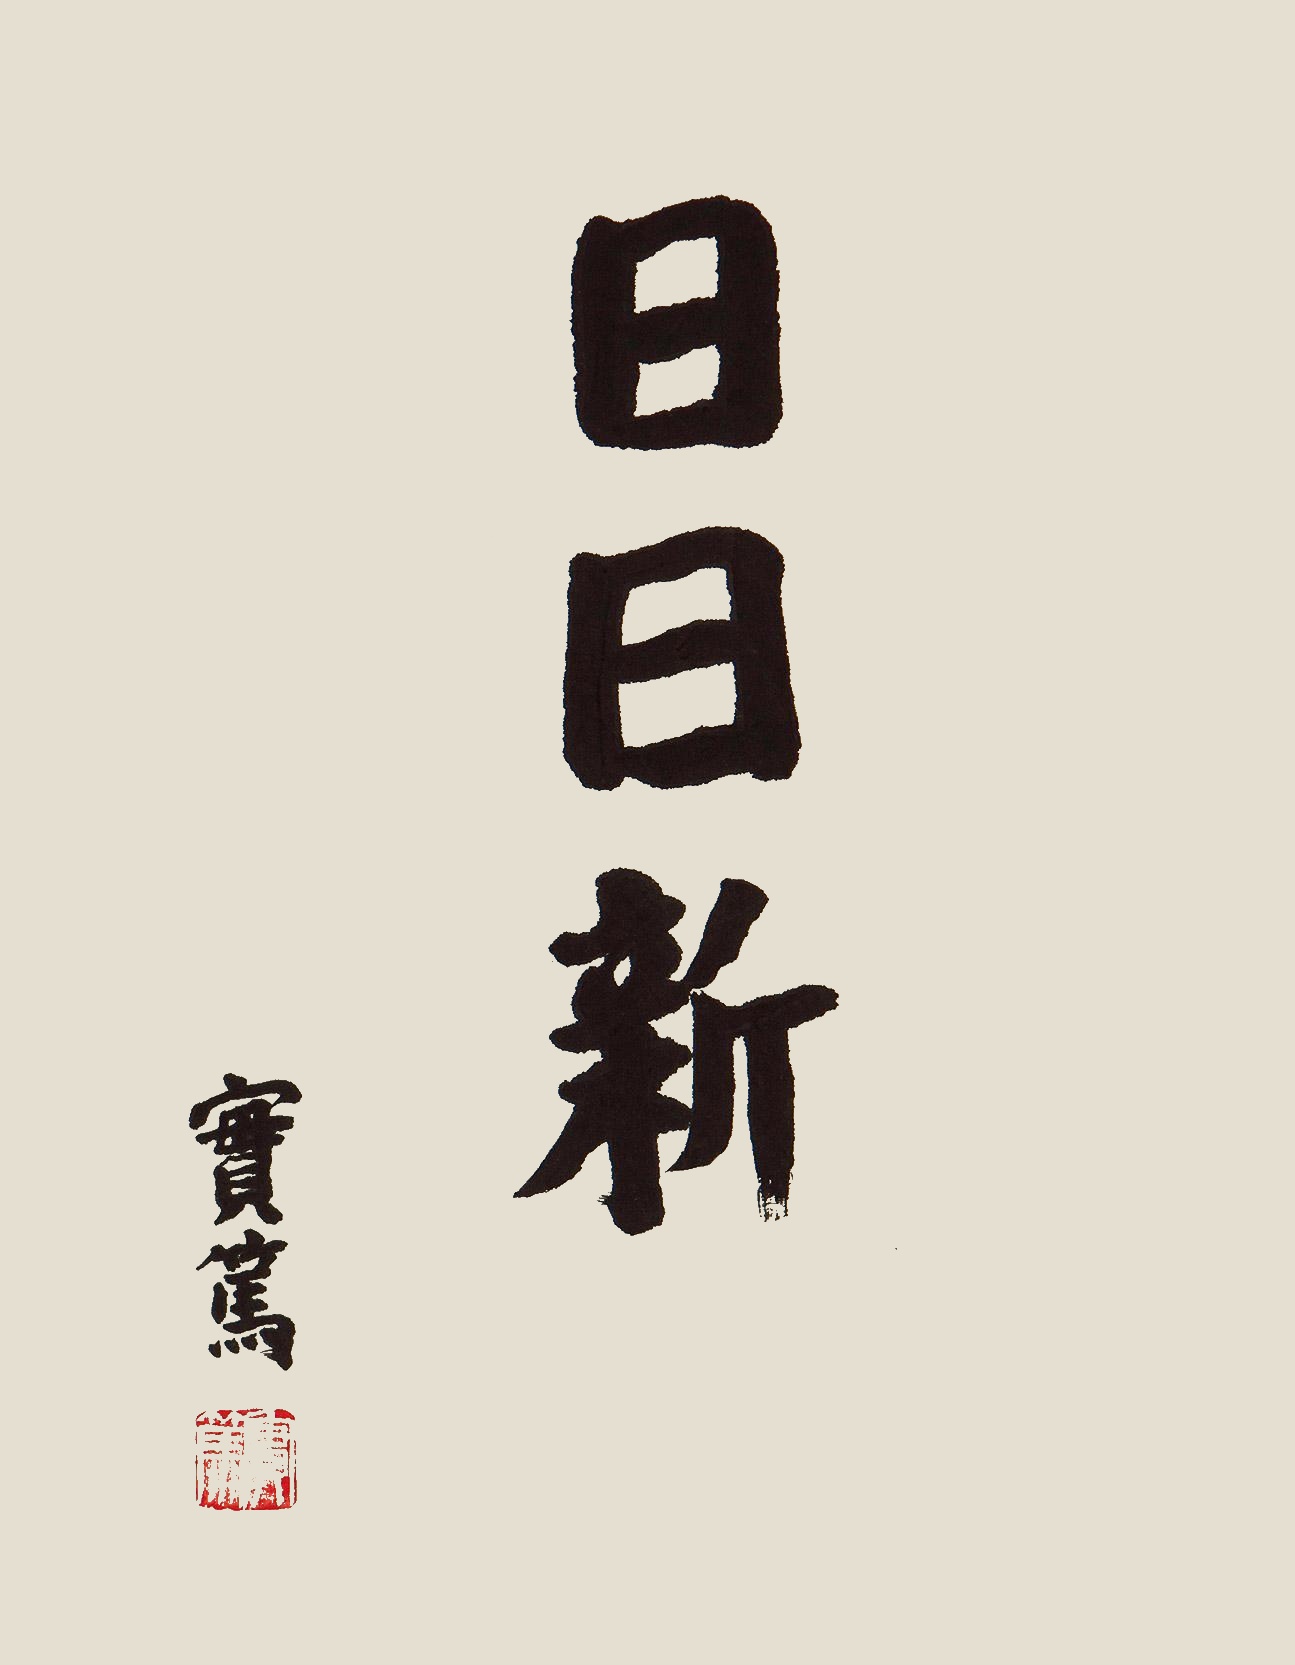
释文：日日新。实笃。